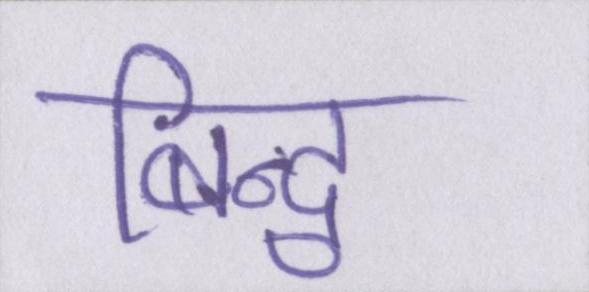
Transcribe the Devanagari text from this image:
बिन्दु